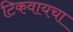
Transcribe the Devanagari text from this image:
टिकवायचा